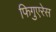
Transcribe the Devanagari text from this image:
फिगुएरेस